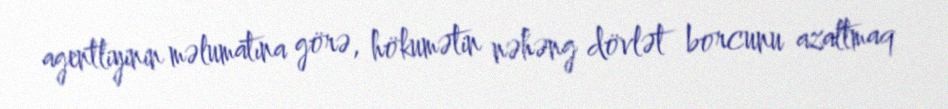
agentliyinin məlumatına görə, hökumətin nəhəng dövlət borcunu azaltmaq